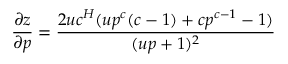
\frac { \partial { z } } { \partial p } = \frac { 2 u c ^ { H } ( u p ^ { c } ( c - 1 ) + c p ^ { c - 1 } - 1 ) } { ( u p + 1 ) ^ { 2 } }